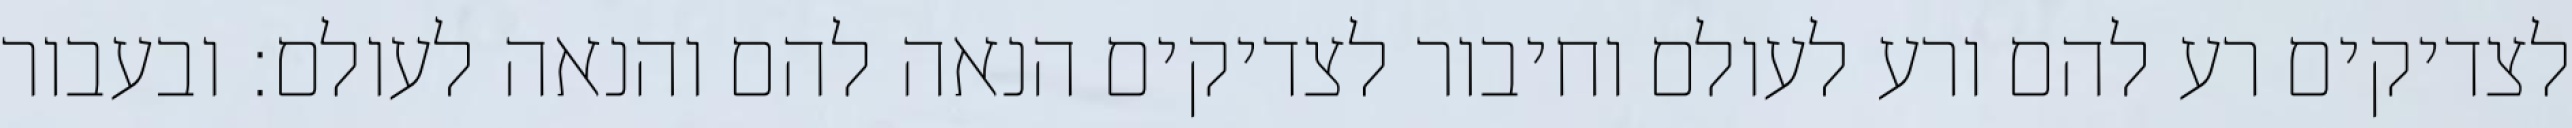
לצדיקים רע להם ורע לעולם וחיבור לצדיקים הנאה להם והנאה לעולם: ובעבור